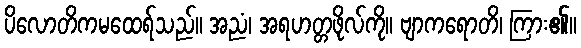
ပိလောတိကမထေရ်သည်။ အညံ၊ အရဟတ္တဖိုလ်ကို။ ဗျာကရောတိ၊ ကြား၏။